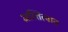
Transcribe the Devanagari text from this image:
अस्त्तित्वात